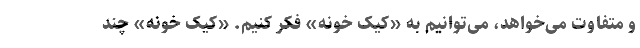
و متفاوت می‌خواهد، می‌توانیم به «کیکِ خونه» فکر کنیم. «کیک خونه» چند